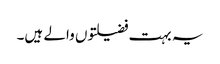
یہ بہت فضیلتوں والے ہیں۔